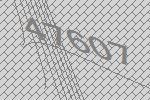
47607